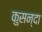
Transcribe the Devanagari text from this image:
कुसन्दा